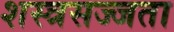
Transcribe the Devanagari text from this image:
शस्त्रसज्जता